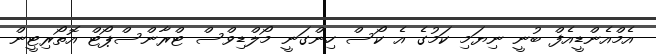
އެމްއެންޑީއެފް ބުނީ ނިޔަމި ކަމުގެ އެ ކޯސް ހިންގަނީ މޯލްޑިވްސް ޓްރާންސްޕޯޓް އޮތޯރިޓީން